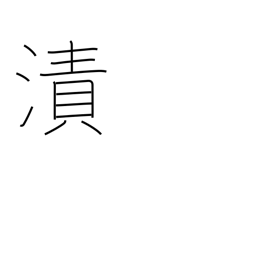
Meaning: moisten